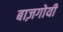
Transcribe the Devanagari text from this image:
बाज़गोयी